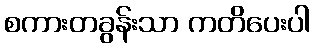
စကားတခွန်းသာ ကတိပေးပါ